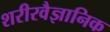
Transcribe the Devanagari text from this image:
शरीरवैज्ञानिक